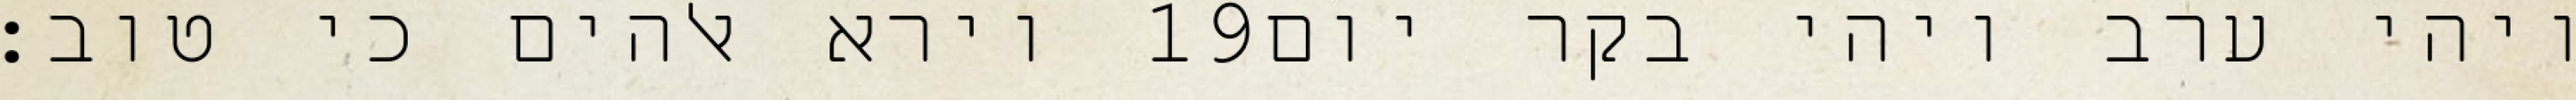
וירא אלהים כי טוב׃ ‎19‏ ויהי ערב ויהי בקר יום